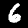
Label: 6